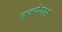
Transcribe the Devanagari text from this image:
पूजयेदशनं